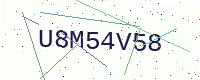
Text: U8M54V58